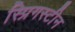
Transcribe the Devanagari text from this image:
स्प्रिगस्टीन